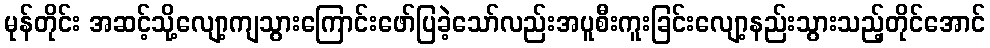
မုန်တိုင်း အဆင့်သို့လျော့ကျသွားကြောင်းဖော်ပြခဲ့သော်လည်းအပူစီးကူးခြင်းလျော့နည်းသွားသည့်တိုင်အောင်